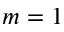
m = 1